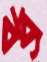
বব্র